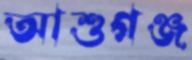
আশুগঞ্জ